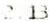
2.13